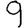
Digit: 9